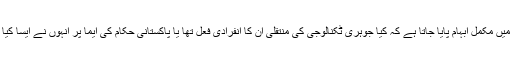
پروفیسر لیوئس کے مطابق اس بارے میں مکمل ابہام پایا جاتا ہے کہ کیا جوہری ٹکنالوجی کی منتقلی اُن کا انفرادی فعل تھا یا پاکستانی حکام کی ایما پر اُنہوں نے ایسا کیا یا پھر یہ دونوں عوامل کارفرما تھے۔